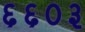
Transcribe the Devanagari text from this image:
६६०३